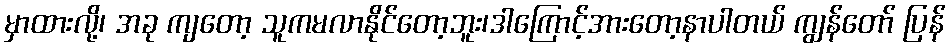
မှာထားလို့၊ အခု ကျတော့ သူကမလာနိုင်တော့ဘူး၊ဒါကြောင့်အားတော့နာပါတယ် ကျွန်တော် ပြန်